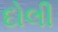
દોલી